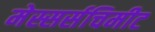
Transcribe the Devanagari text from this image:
मेस्सर्सचिमीट